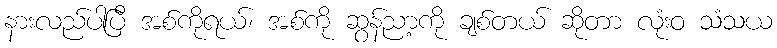
နားလည်ပါပြီ အစ်ကိုရယ်၊ အစ်ကို ဆွန်ညာ့ကို ချစ်တယ် ဆိုတာ လုံးဝ သံသယ